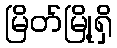
မြိတ်မြို့ရှိ